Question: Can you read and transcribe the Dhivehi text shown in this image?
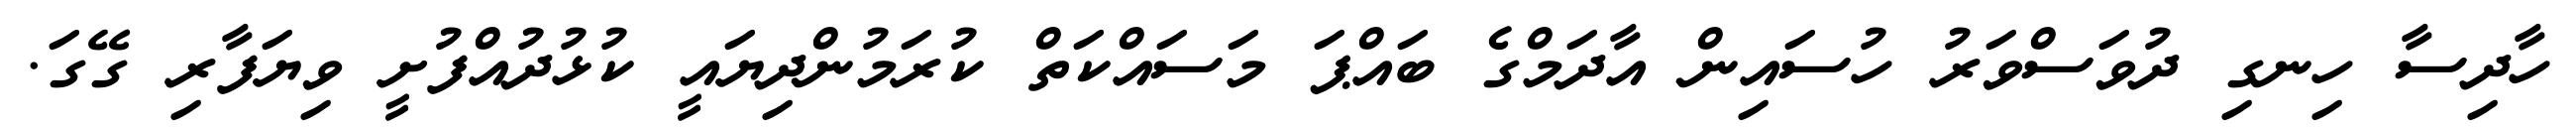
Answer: ހާދިސާ ހިނގި ދުވަސްވަރު ހުސައިން އާދަމްގެ ބައްޕަ މަސައްކަތް ކުރަމުންދިޔައީ ކުޅުދުއްފުށީ ވިޔަފާރި ގޭގަ.